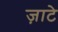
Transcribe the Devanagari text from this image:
ज़ाटे